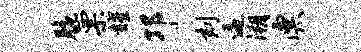
脆票耀邛刻逼溯漂